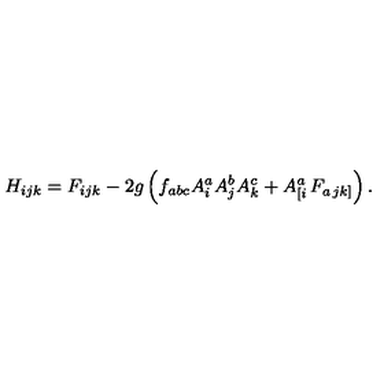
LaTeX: H _ { i j k } = F _ { i j k } - 2 g \left( f _ { a b c } A _ { i } ^ { a } A _ { j } ^ { b } A _ { k } ^ { c } + A _ { \left[ i \right. } ^ { a } F _ { a \left. j k \right] } \right) .